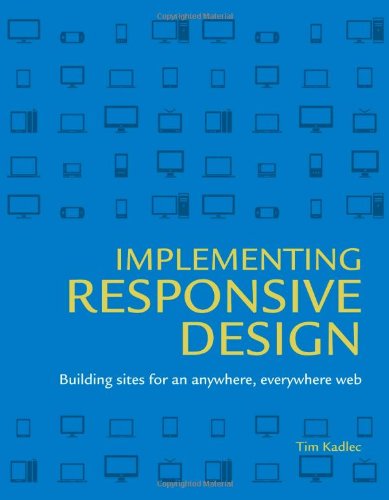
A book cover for Implementing Responsive Design: Building sites for an anywhere, everywhere web (Voices That Matter); Tim Kadlec; Computers & Technology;